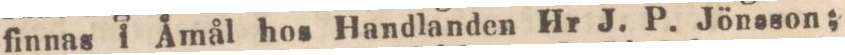
finnas i Åmål hos Handlanden Hr J. P. Jönsson;